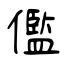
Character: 儖